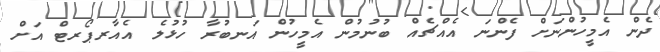
ދެން އެމީހުންނަށް ފެންނަ އެއްޗެއް ބުނުމުން އެމީހުން އަނބުރާ ހުޅުލެ އެއާރޕޯރޓް އަށް